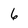
Character: 6